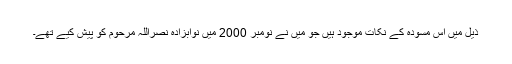
ذیل میں اس مسودہ کے نکات موجود ہیں جو میں نے نومبر 2000 میں نوابزادہ نصراللہ مرحوم کو پیش کیے تھے۔